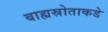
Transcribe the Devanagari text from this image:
बाह्यस्रोताकडे